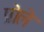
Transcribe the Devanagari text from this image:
प्रोले